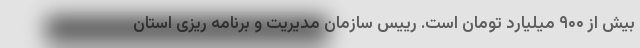
بیش از ۹۰۰ میلیارد تومان است. رییس سازمان مدیریت و برنامه ریزی استان